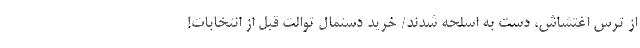
از ترس اغتشاش، دست به اسلحه شدند/ خرید دستمال توالت قبل از انتخابات!